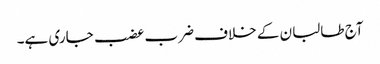
آج طالبان کے خلاف ضرب عضب جاری ہے۔